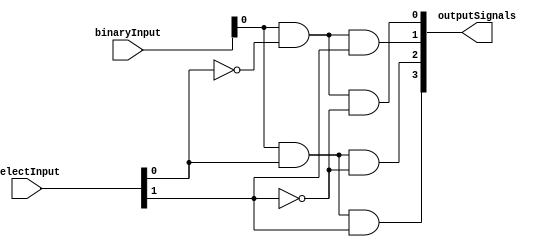
module BinaryDecoder (
    input [1:0] binaryInput,
    input [1:0] selectInput,
    output [3:0] outputSignals
);

assign outputSignals[0] = (binaryInput[0] & ~selectInput[0] & ~selectInput[1]);
assign outputSignals[1] = (binaryInput[0] & ~selectInput[0] & selectInput[1]);
assign outputSignals[2] = (binaryInput[0] & selectInput[0] & ~selectInput[1]);
assign outputSignals[3] = (binaryInput[0] & selectInput[0] & selectInput[1]);

endmodule